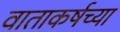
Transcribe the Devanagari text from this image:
वाताकर्षच्या